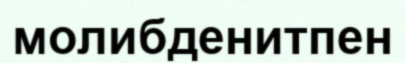
молибденитпен